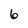
Character: 6